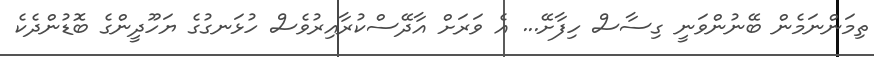
ތިމަންނަމެން ބޭނުންވަނީ ގިސާސް ހިފާށޭ... އެ ވަރަށް އާދޭސްކުރާއިރުވެސް ހުޅަނގުގެ ޔަހޫދީންގެ ބޮޑުންދެކެ